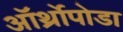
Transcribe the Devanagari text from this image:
ऑर्थ्रोपोडा